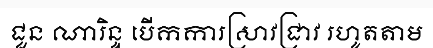
ជួន ណារិន្ទ បើកការស្រាវជ្រាវ រហូតតាម